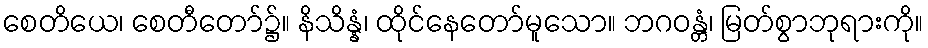
စေတိယေ၊ စေတီတော်၌။ နိသိန္နံ၊ ထိုင်နေတော်မူသော။ ဘဂဝန္တံ၊ မြတ်စွာဘုရားကို။